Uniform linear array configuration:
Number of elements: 32
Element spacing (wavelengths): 0.25
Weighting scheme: kaiser
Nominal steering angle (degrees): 45
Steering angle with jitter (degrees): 45.799
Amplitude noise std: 0.05
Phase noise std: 0.05

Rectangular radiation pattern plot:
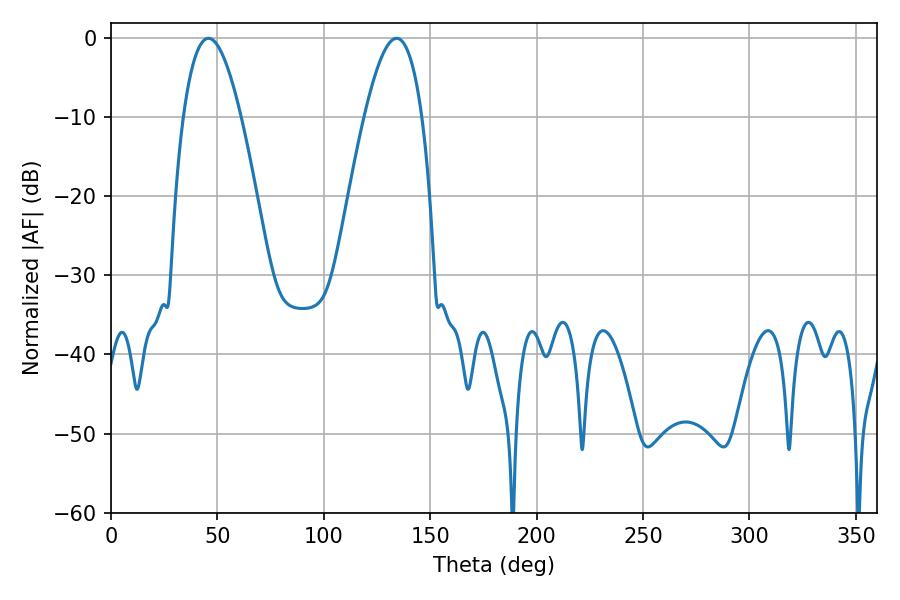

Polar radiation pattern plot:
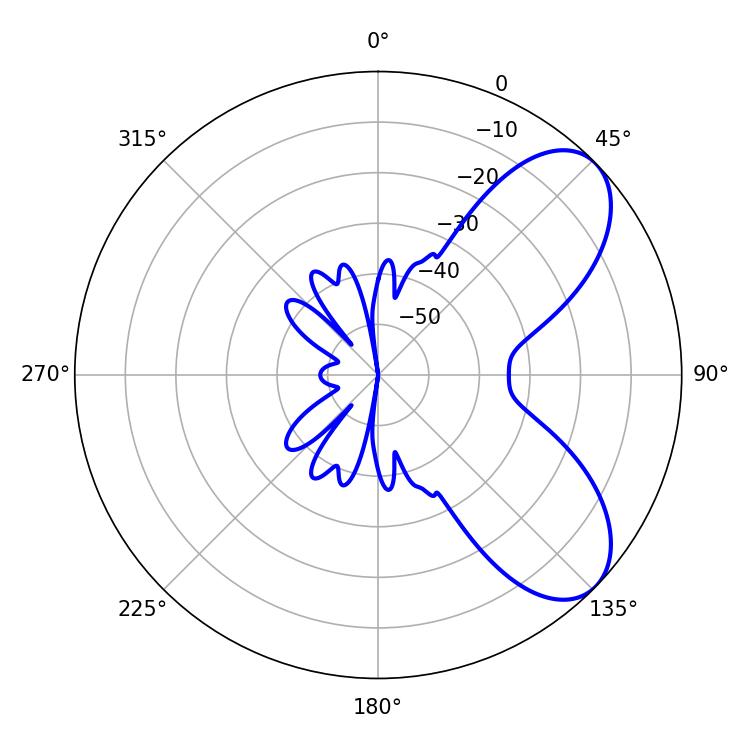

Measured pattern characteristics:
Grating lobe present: FALSE
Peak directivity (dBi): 6.943
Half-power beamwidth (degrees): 14.76
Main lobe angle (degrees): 45.72